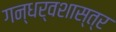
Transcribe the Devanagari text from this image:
गन्धर्वशास्त्र